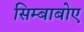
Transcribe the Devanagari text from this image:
सिम्बाबोए